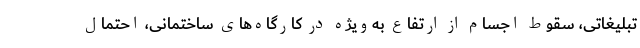
تبلیغاتی، سقوط اجسام از ارتفاع به‌ویژه در کارگاه‌های ساختمانی، احتمال